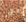
حتى